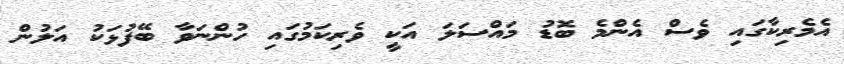
އެމެރިކާގައި ވެސް އެންމެ ބޮޑު މައްސަލަ އަކީ ވެރިކަމުގައި ހުންނަވާ ބޭފުޅަކު އަލުން